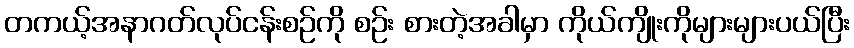
တကယ့်အနာဂတ်လုပ်ငန်းစဉ်ကို စဉ်း စားတဲ့အခါမှာ ကိုယ်ကျိုးကိုများများပယ်ပြီး